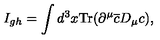
I _ { g h } = \int d ^ { 3 } x \mathrm { T r } ( \partial ^ { \mu } \overline { { c } } D _ { \mu } c ) ,